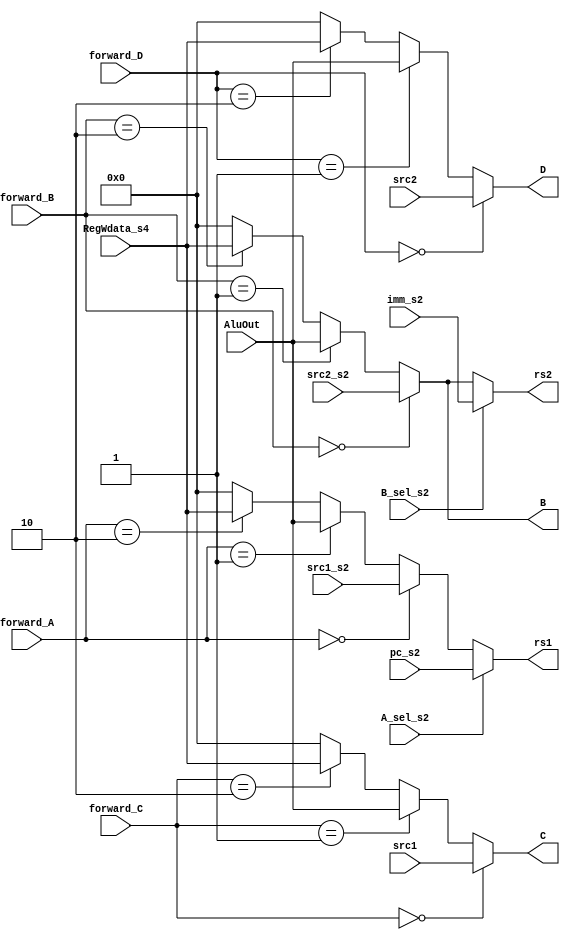

/*src1 of ALU								src2 of ALU
----------------------    				----------------------
| 00  |  RegReadData1					| 00  |  RegReadData2
----------------------					----------------------		
| 01  |  AluOut							| 01  |  AluOut
----------------------					----------------------
| 10  |  RegWdata_s4					| 10  |  RegWdata_s4
----------------------					----------------------
| 11  |  xx								| 11  |  xx
----------------------					----------------------*/

module data_hazard(

input   A_sel_s2,B_sel_s2,
input  [1:0] forward_A,forward_B,forward_C,forward_D,
input  [31:0]pc_s2,imm_s2,src1_s2,src2_s2,AluOut,RegWdata_s4,src1,src2,
output [31:0]rs1,rs2,B,C,D 

);
// ----------------------------- Muxes of execution stage ----------------
wire [31:0]A;
assign rs1 = A_sel_s2 ? pc_s2:A;
assign A = (forward_A == 2'b00 ) ? src1_s2:
		   (forward_A == 2'b01 ) ? AluOut : 
		   (forward_A == 2'b10 ) ? RegWdata_s4 : 32'd0;

assign rs2 = B_sel_s2 ? imm_s2:B;
assign B = (forward_B == 2'b00 ) ? src2_s2:
		   (forward_B == 2'b01 ) ? AluOut : 
		   (forward_B == 2'b10 ) ? RegWdata_s4 : 32'd0;

// ----------------------------- branches ----------------
assign C = (forward_C == 2'b00 ) ? src1:
		   (forward_C == 2'b01 ) ? AluOut : 
		   (forward_C == 2'b10 ) ? RegWdata_s4 : 32'd0;

assign D = (forward_D == 2'b00 ) ? src2:
		   (forward_D == 2'b01 ) ? AluOut : 
		   (forward_D == 2'b10 ) ? RegWdata_s4 : 32'd0;

endmodule